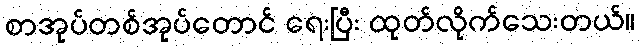
စာအုပ်တစ်အုပ်တောင် ရေးပြီး ထုတ်လိုက်သေးတယ်။